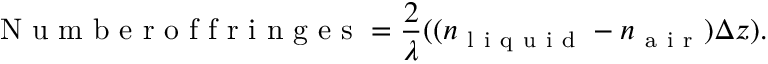
\mathrm { ~ N ~ u ~ m ~ b ~ e ~ r ~ o ~ f ~ f ~ r ~ i ~ n ~ g ~ e ~ s ~ } = \frac { 2 } { \lambda } ( ( n _ { \mathrm { ~ l ~ i ~ q ~ u ~ i ~ d ~ } } - n _ { \mathrm { ~ a ~ i ~ r ~ } } ) \Delta z ) .